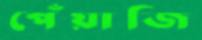
পেঁয়াজি